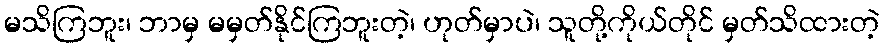
မသိကြဘူး၊ ဘာမှ မမှတ်နိုင်ကြဘူးတဲ့၊ ဟုတ်မှာပဲ၊ သူတို့ကိုယ်တိုင် မှတ်သိထားတဲ့